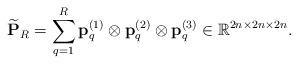
LaTeX: \begin{align*} \widetilde{\bf P}_R= \sum\limits_{q=1}^{R} {\bf p}^{(1)}_q \otimes {\bf p}^{(2)}_q \otimes {\bf p}^{(3)}_q\in \mathbb{R}^{2n\times 2n \times 2n}.\end{align*}